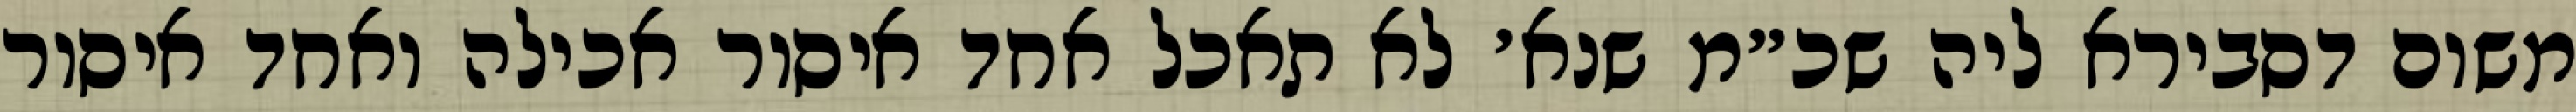
משום דסבירא ליה שכ״מ שנא׳ לא תאכל אחד איסור אכילה ואחד איסור